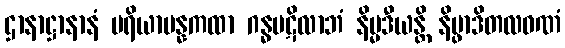
ဌာနာဋ္ဌာနာနံ ပရိယာပန္နကထာ ဂန္ဓပဋိလာဘံ နိမ္မဒီယန္တိ နိပ္ဖာဒိတလဝဏံ